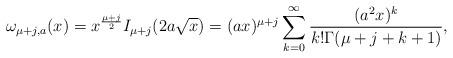
LaTeX: \begin{align*}\omega_{\mu+j,a}(x)=x^{\frac{\mu+j}{2}}I_{\mu+j}(2a\sqrt{x})=(ax)^{\mu+j}\sum_{k=0}^\infty\frac{(a^2x)^k}{k!\Gamma(\mu+j+k+1)}, \end{align*}